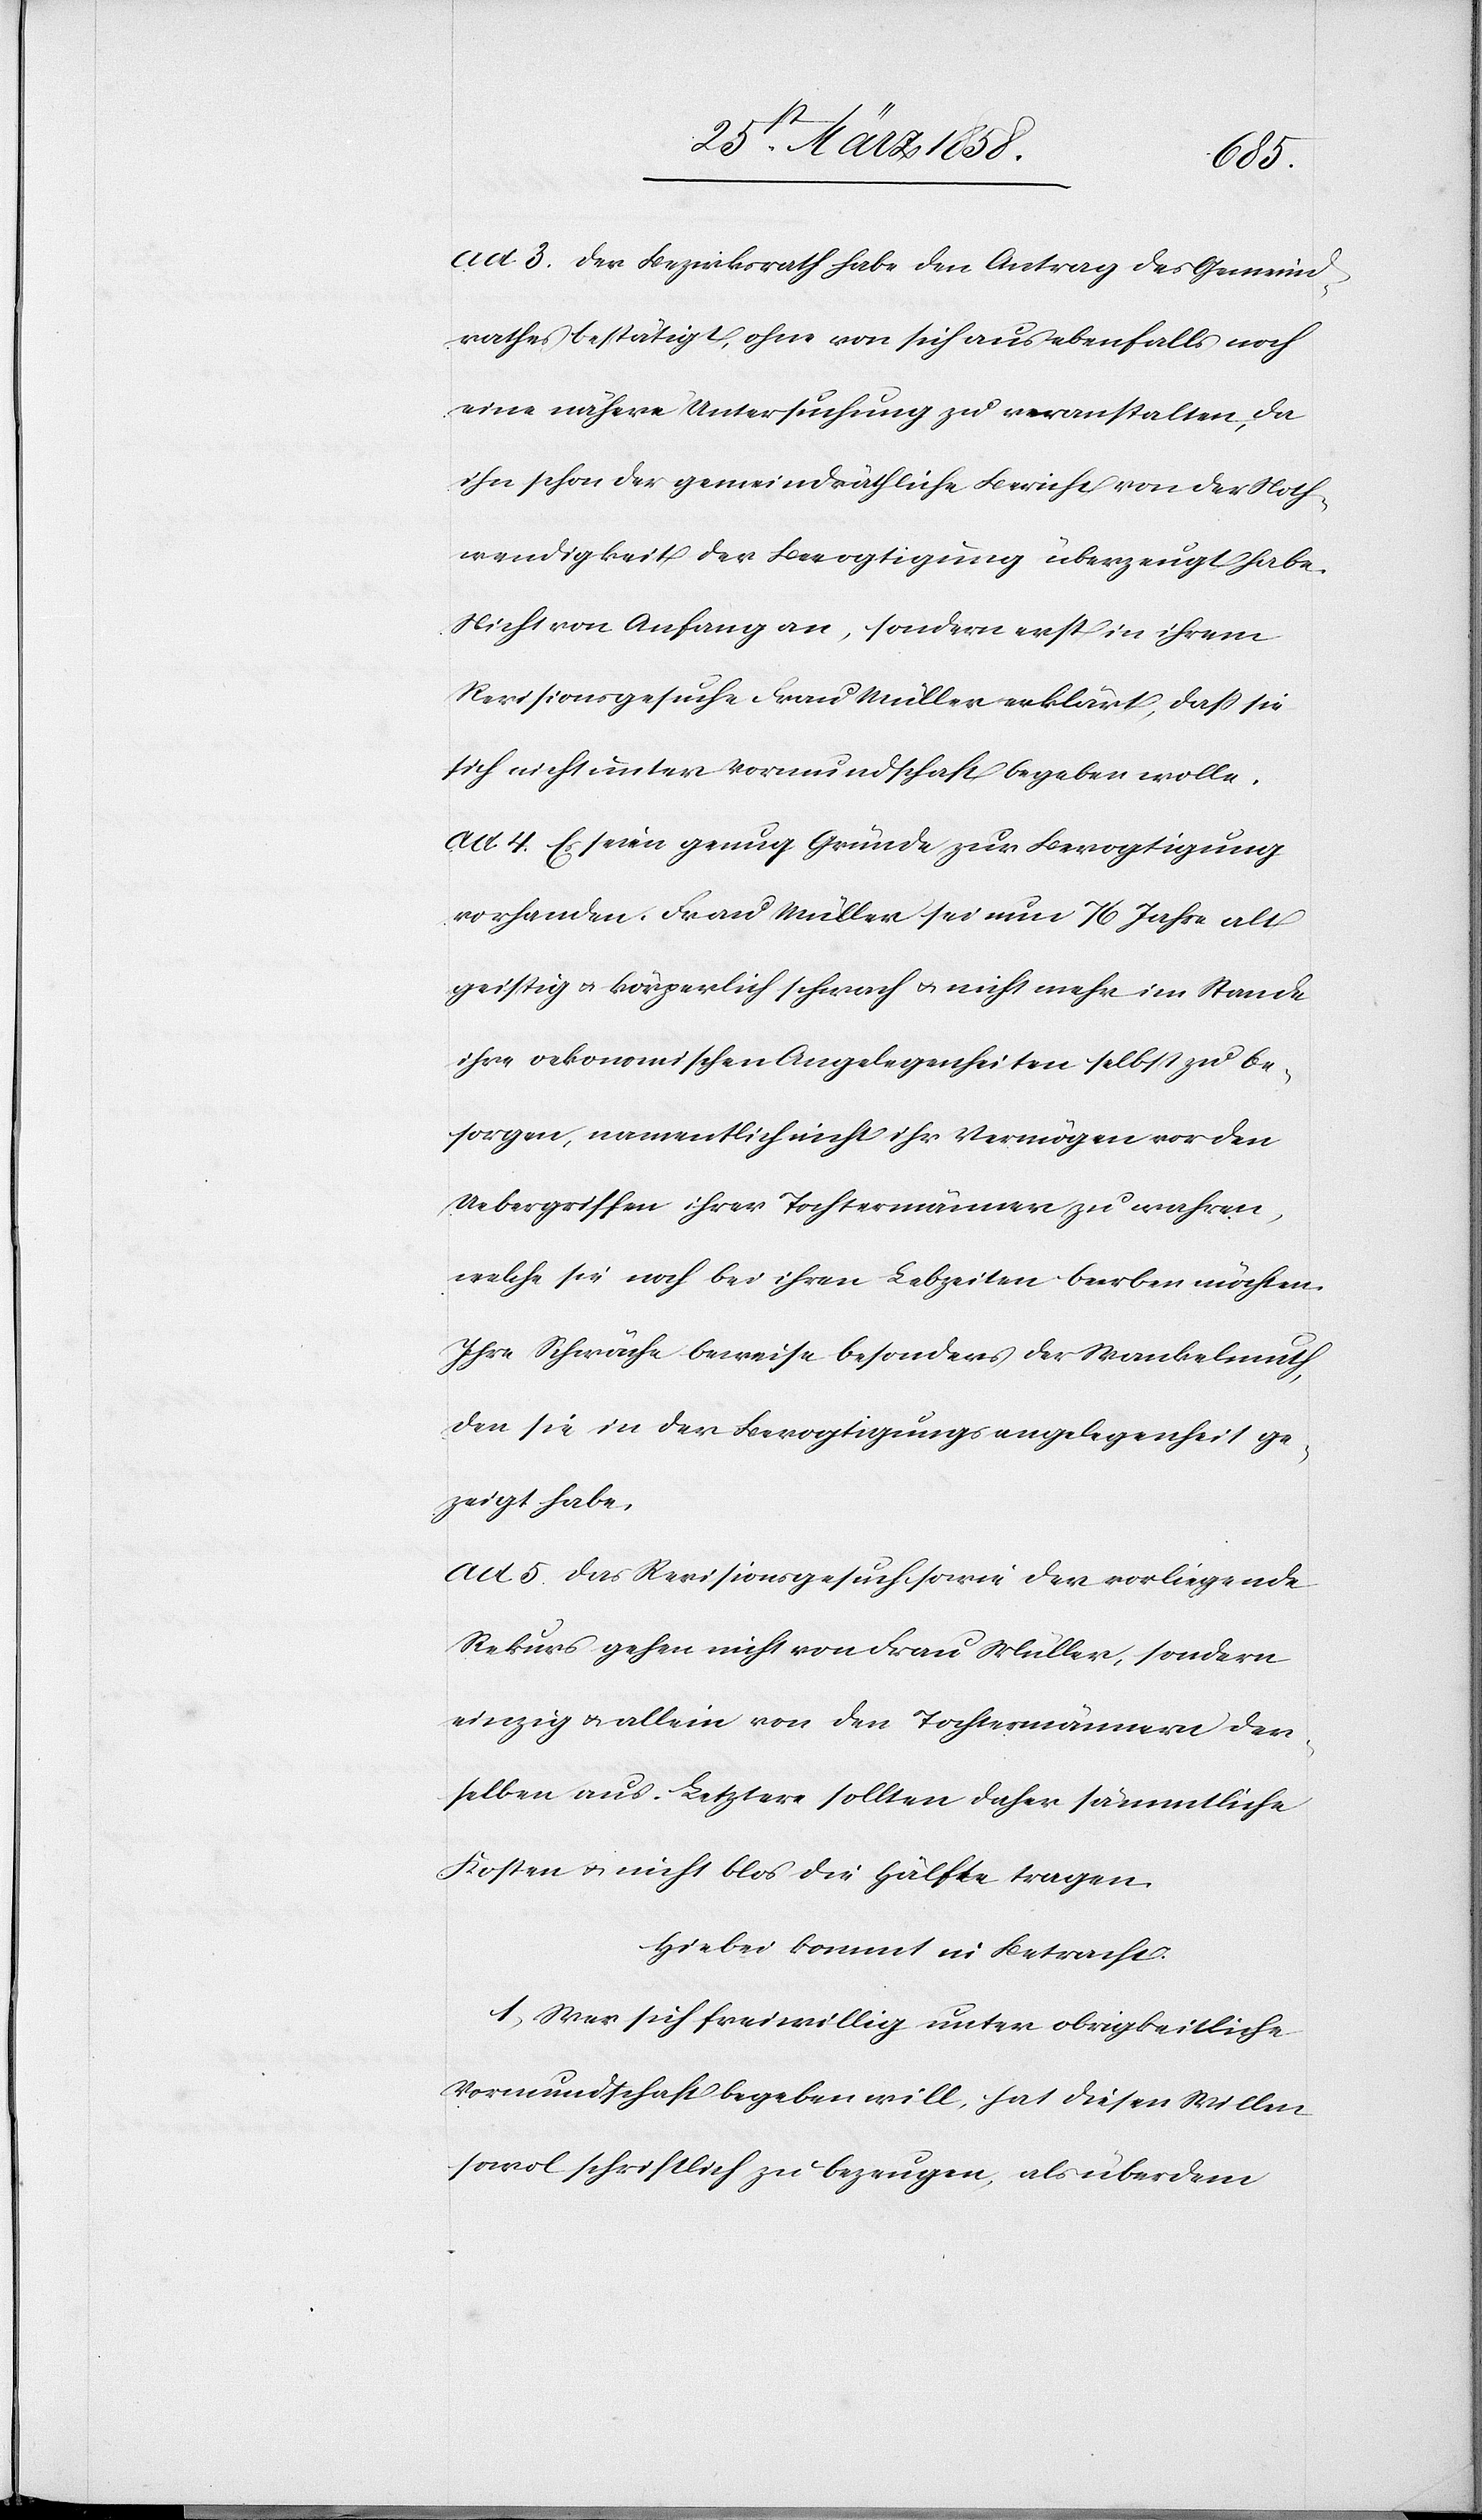
ad. 3. Der Bezirksrath habe den Antrag des Gemeind¬
rathes bestätigt, ohne von sich aus ebenfalls noch
eine nähere Untersuchung zu veranstalten, da
ihn schon der gemeindräthliche Bericht von der Noth¬
wendigkeit der Bevogtigung überzeugt habe.
Nicht von Anfang an, sondern erst in ihrem
Revisionsgesuch [habe] Frau Müller erklärt, daß sie
sich nicht unter Vormundschaft begeben wolle.
ad. 4. Es seien genug Gründe zur Bevogtigung
vorhanden. Frau Müller sei nun 76 Jahre alt
geistig u. körperlich schwach u. nicht mehr im Stande
ihre oekonomischen Angelegenheiten selbst zu be¬
sorgen, namentlich nicht ihr Vermögen vor den
Uebergriffen ihrer Tochtermänner zu wahren,
welche sie noch bei ihren Lebzeiten beerben möchten.
Ihre Schwäche beweise besonders der Wankelmuth,
den sie in der Bevogtigungsangelegenheit ge¬
zeigt habe.
ad. 5. Das Revisionsgesuch sowie der vorliegende
Rekurs gehen nicht von Frau Müller, sondern
einzig u. allein von den Tochtermännern der¬
selben aus. Letztere sollten daher sämmtliche
Kosten u. nicht blos die Hälfte tragen.
Hiebei kommt in Betracht:
1) Wer sich freiwillig unter obrigkeitliche
Vormundschaft begeben will, hat diesen Willen
sowol schriftlich zu bezeugen, als überdem